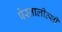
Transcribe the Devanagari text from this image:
पेस्तालीत्सी